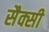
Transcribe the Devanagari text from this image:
सैक्सी